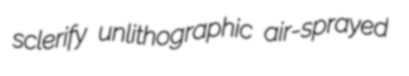
sclerify unlithographic air-sprayed